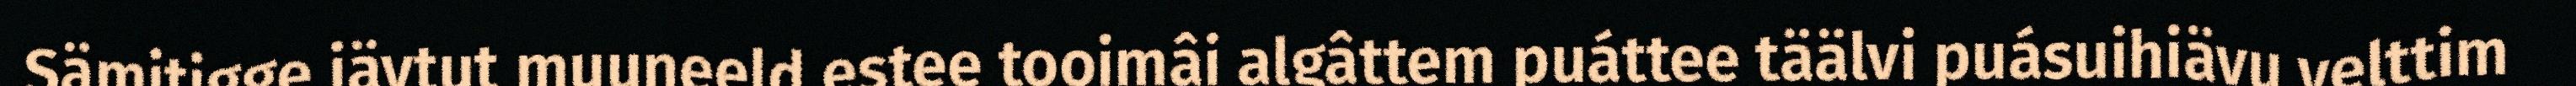
Sämitigge iävtut muuneeld estee tooimâi algâttem puáttee täälvi puásuihiävu velttim